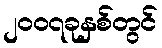
၂၀၀၇ခုနှစ်တွင်